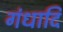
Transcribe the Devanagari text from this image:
गंधादि